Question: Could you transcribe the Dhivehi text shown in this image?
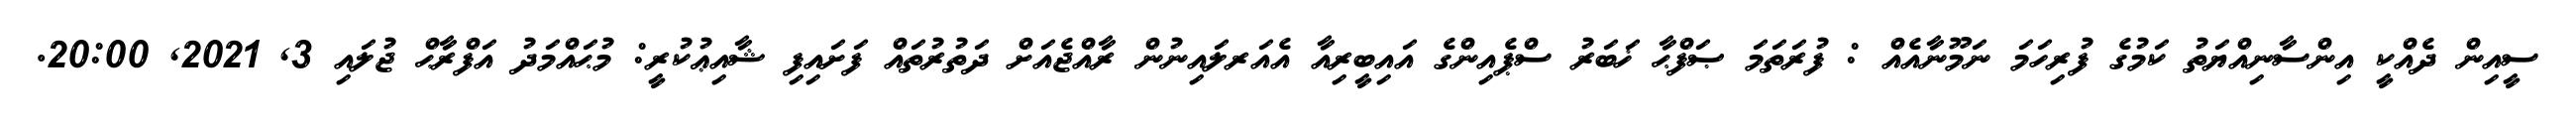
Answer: ސީއިން ދެއްކީ އިންސާނިއްޔަތު ކަމުގެ ފުރިހަމަ ނަމޫނާއެއް : ފުރަތަމަ ޞަފްޙާ ޚަބަރު ސްޕެއިންގެ އައިބީރިއާ އެއަރލައިނުން ރާއްޖެއަށް ދަތުރުތައް ފަށައިފި ޝާއިޢުކުރީ: މުޙައްމަދު އަފްރާޙް ޖުލައި 3, 2021, 20:00.